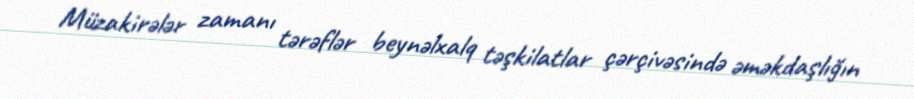
Müzakirələr zamanı tərəflər beynəlxalq təşkilatlar çərçivəsində əməkdaşlığın